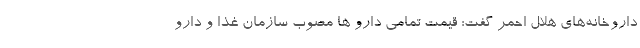
داروخانه‌های هلال احمر گفت: قیمت تمامی دارو ها مصوب سازمان غذا و دارو